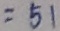
= 5 1